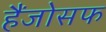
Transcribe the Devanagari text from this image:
हैंजोसफ